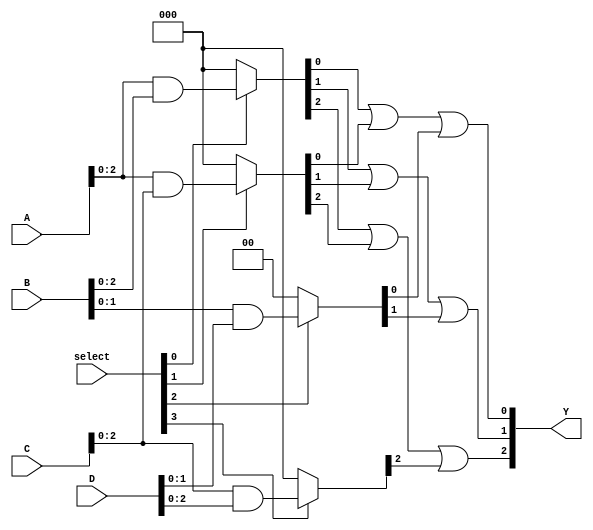
module FusedPAL (
    input wire [3:0] A,      // 4-bit input
    input wire [3:0] B,      // 4-bit input
    input wire [3:0] C,      // 4-bit input
    input wire [3:0] D,      // 4-bit input
    input wire [3:0] select,  // Select lines for programming AND gates
    output wire [2:0] Y       // 3-bit output from fixed OR gates
);

// Programmable AND Array
wire [3:0] and_out [0:3]; // 4 AND gates, each producing a 4-bit output

// AND Gate Configurations
assign and_out[0] = (select[0]) ? (A & B) : 4'b0000; // AND Gate 0
assign and_out[1] = (select[1]) ? (A & C) : 4'b0000; // AND Gate 1
assign and_out[2] = (select[2]) ? (B & D) : 4'b0000; // AND Gate 2
assign and_out[3] = (select[3]) ? (C & D) : 4'b0000; // AND Gate 3

// Fixed OR Array
assign Y[0] = and_out[0][0] | and_out[1][0] | and_out[2][0]; // OR Gate 0
assign Y[1] = and_out[0][1] | and_out[1][1] | and_out[2][1]; // OR Gate 1
assign Y[2] = and_out[0][2] | and_out[1][2] | and_out[3][2]; // OR Gate 2

endmodule